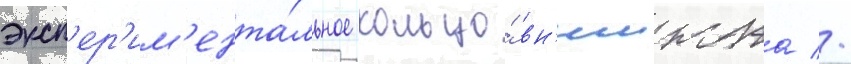
эксп'ер'им'ента́льное кольцо́ вн'иижта //